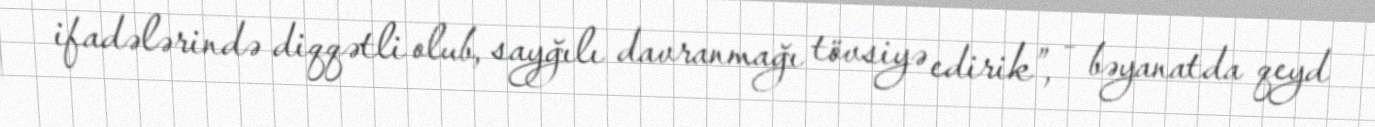
ifadələrində diqqətli olub, sayğılı davranmağı tövsiyə edirik”, - bəyanatda qeyd